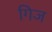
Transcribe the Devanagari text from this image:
गिज